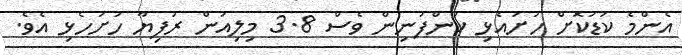
އެންމެ ކުޑަކޮށް ހުށައެޅި ކުންފުނިން ވެސް 3.8 މިލިއަން ރުފިޔާ ހުށަހެޅި އެވެ.